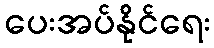
ပေးအပ်နိုင်ရေး